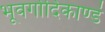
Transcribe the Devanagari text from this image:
भूवर्गादिकाण्डं